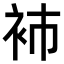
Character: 𧘟